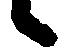
候